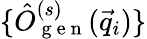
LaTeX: \{ \hat{O}_{\mathrm{~g~e~n~}}^{(s)}(\vec{q}_{i})\}